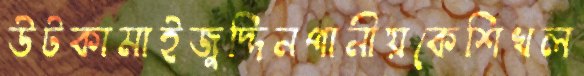
উটকামাইজুদ্দিনপানীয়কেশিখল